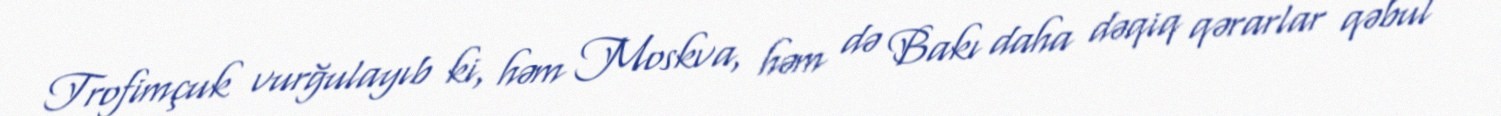
Trofimçuk vurğulayıb ki, həm Moskva, həm də Bakı daha dəqiq qərarlar qəbul